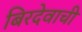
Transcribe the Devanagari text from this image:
बिरदेवाची